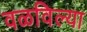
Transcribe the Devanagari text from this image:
वळविल्या